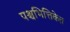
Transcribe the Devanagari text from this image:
पश्चभित्तिकेत